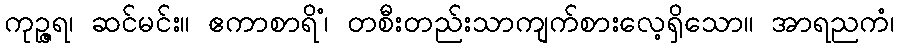
ကုဉ္ဇရ၊ ဆင်မင်း။ ဧကာစာရိံ၊ တစီးတည်းသာကျက်စားလေ့ရှိသော။ အာရညကံ၊